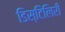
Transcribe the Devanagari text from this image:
डिस्टिलिरी